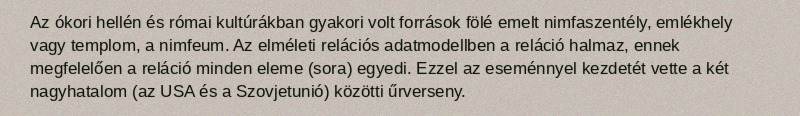
Az ókori hellén és római kultúrákban gyakori volt források fölé emelt nimfaszentély, emlékhely vagy templom, a nimfeum. Az elméleti relációs adatmodellben a reláció halmaz, ennek megfelelően a reláció minden eleme (sora) egyedi. Ezzel az eseménnyel kezdetét vette a két nagyhatalom (az USA és a Szovjetunió) közötti űrverseny.